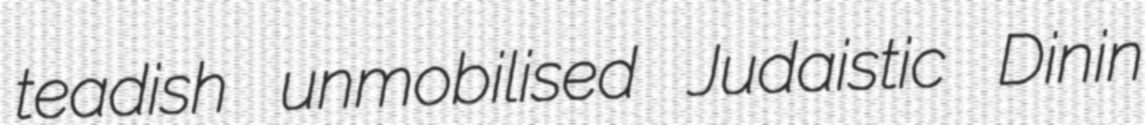
teadish unmobilised Judaistic Dinin